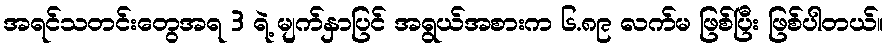
အရင်သတင်းတွေအရ 3 ရဲ့ မျက်နှာပြင် အရွယ်အစားက ၆.၈၉ လက်မ ဖြစ်ပြီး ဖြစ်ပါတယ်။